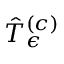
\hat { T } _ { \epsilon } ^ { \left( c \right) }